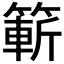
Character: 𮅼